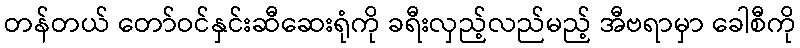
တန်တယ် တော်ဝင်နှင်းဆီဆေးရုံကို ခရီးလှည့်လည်မည့် အီဗရာမှာ ခေါစီကို